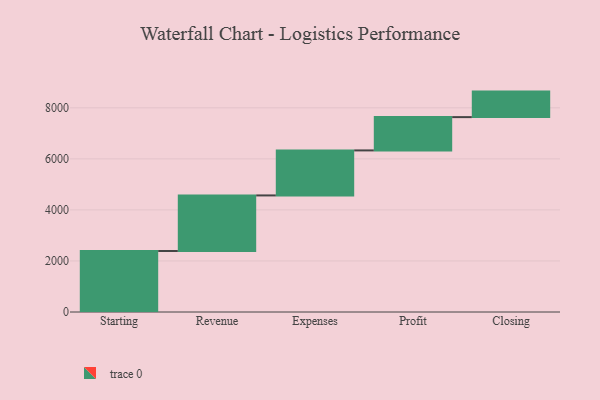
{"axis": {"x": "Step", "y": "Value"}, "legend": [""], "data": [{"x": "Starting", "y": 2390.0, "type": ""}, {"x": "Revenue", "y": 2177.0, "type": ""}, {"x": "Expenses", "y": 1764.0, "type": ""}, {"x": "Profit", "y": 1304.0, "type": ""}, {"x": "Closing", "y": 1000, "type": ""}]}